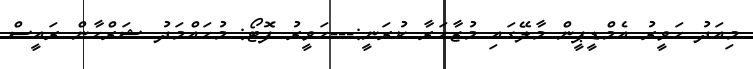
މިއަދު ހަވީރު އެމްޑީޕީން މާލޭގައި މުޒާހަރާ ކުރަނީ:---ހަވީރު ފޮޓޯ: މުހައްމަދު ޝަރްހާން ރައީސް